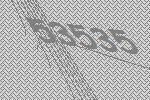
53535